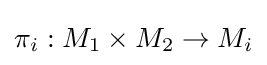
\pi _{i}:M_{1}\times M_{2}\rightarrow M_{i}